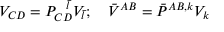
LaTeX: V _ { C D } = P _ { C D } ^ { \ \ \bar { l } } V _ { \bar { l } } ; \quad \bar { V } ^ { A B } = \bar { P } ^ { A B , k } V _ { k }